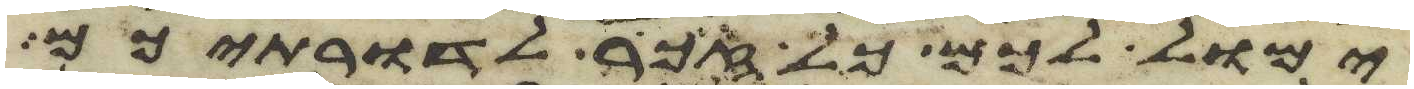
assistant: ימול לכם כל זכר לדרתיכם